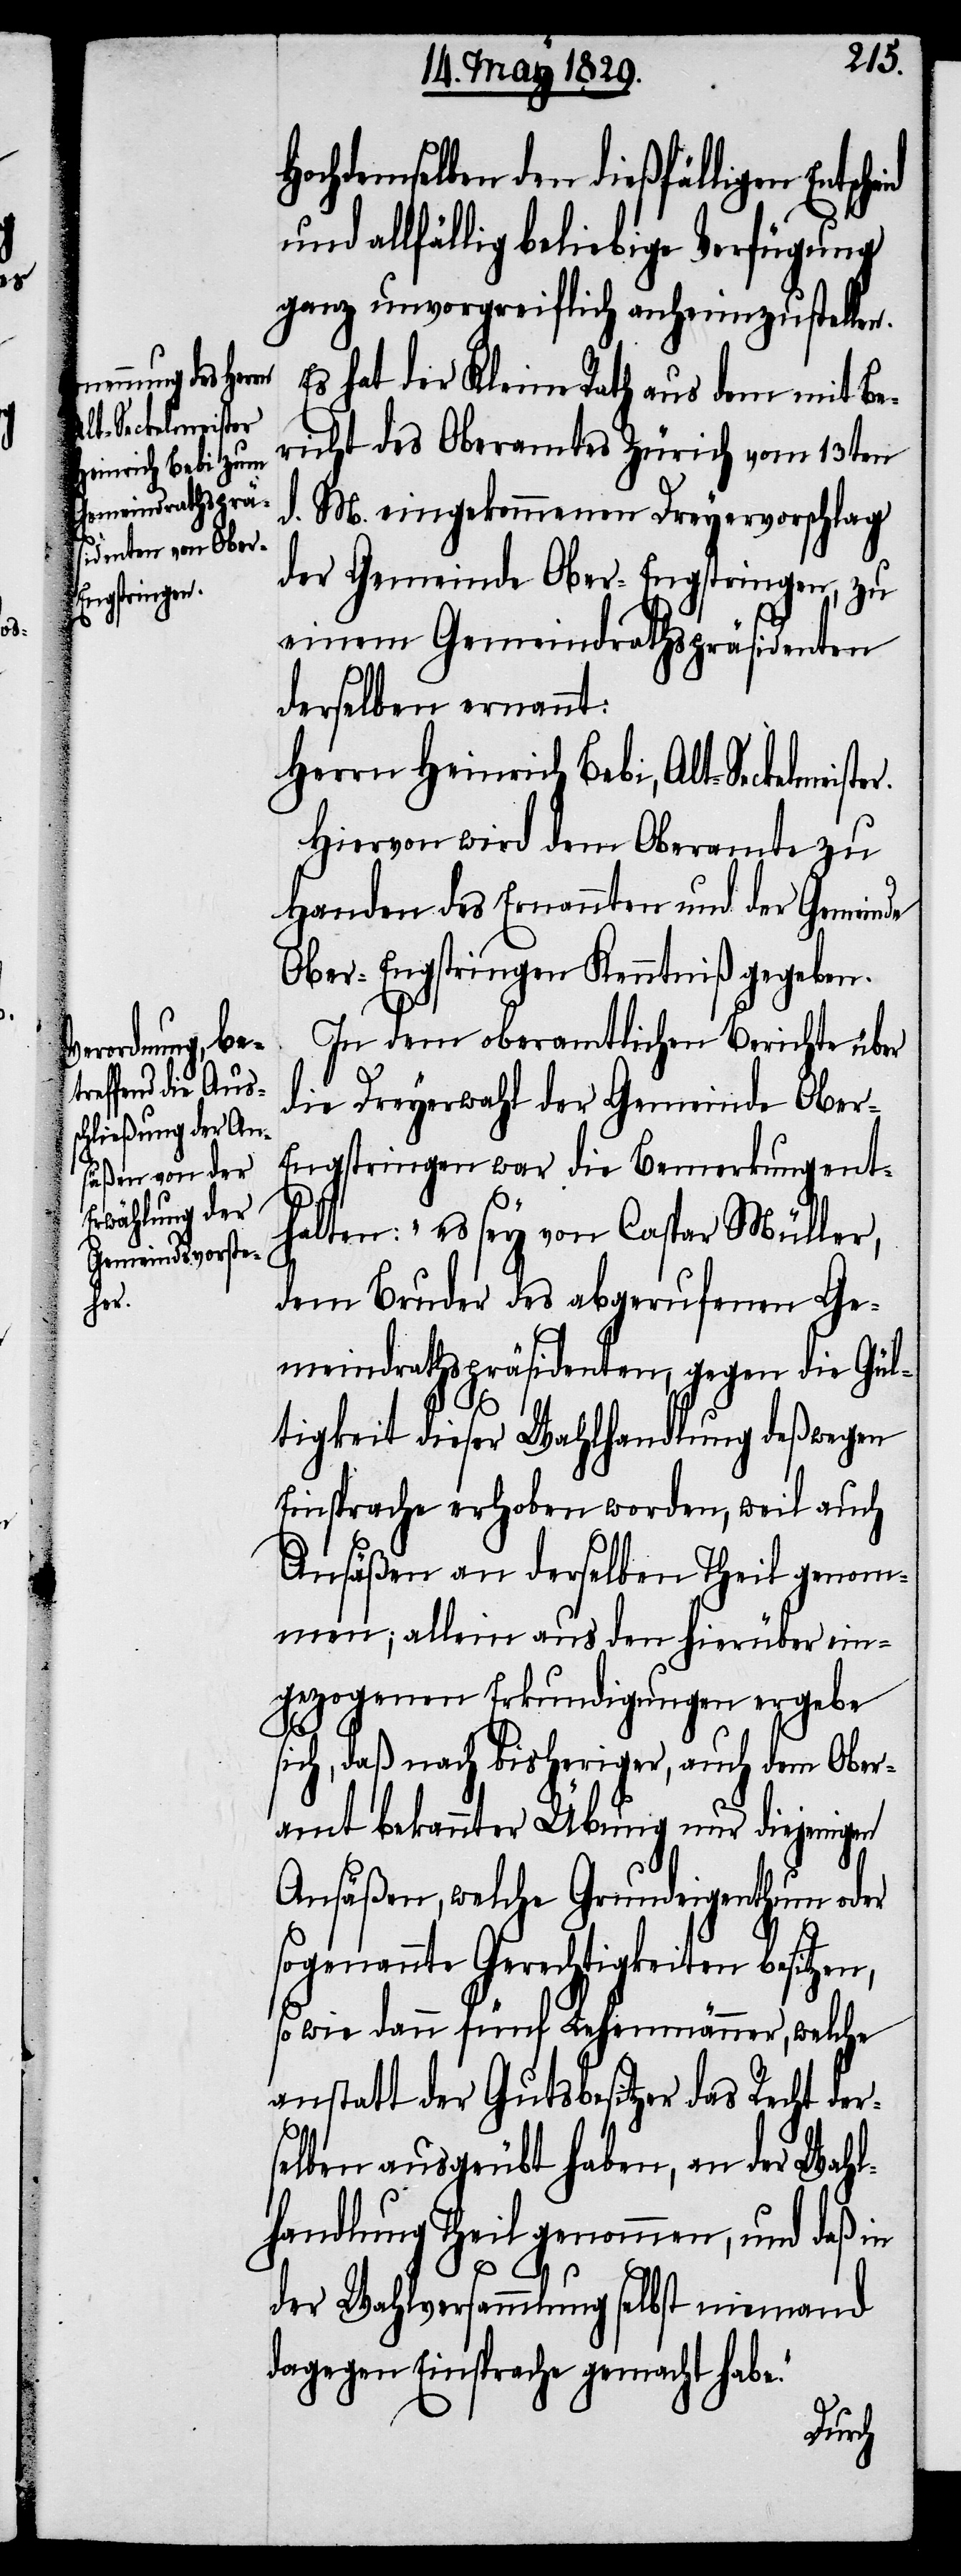
e.“

r.
heid

Hochdemselben den dießfälligen Entsc¬
und allfällig beliebige Verfügung
ganz unvorgreiflich anheim zu stelle¬
Es hat der Kleine Rath aus dem mit Be¬
richt des Oberamtes Zürich vom 13ten
d. M. eingekommenen Dreyervorschlag
der Gemeinde Ober-Engstringen, zu
einem Gemeindrathspräsidenten
derselben ernannt:
Herrn Heinrich Bebi, Alt-Seckelmeiste¬
Hiervon wird dem Oberamte zu
Handen des Ernannten und der Gemeinde
Ober-Engstringen Kenntniß gegeben.
In dem oberamtlichen Berichte über
die Dreyerwahl der Gemeinde Ober-E¬
ngstringen war die Bemerkung ent¬
halten; „es sey von Caspar Müller,
dem Bruder des abgerufenen Ge¬
meindrathspräsidenten, gegen die Gül¬
tigkeit dieser Wahlhandlung deßwegen
Einsprache erhoben worden, weil auch
Ansäßen an derselben Theil genom¬
men; allein aus den hierüber ein¬
gezogenen Erkundigungen ergebe
sich, daß nach bisheriger, auch dem Ober¬
amt bekannter Übung nur diejenigen
Ansäßen, welche Grundeigenthum oder
sogenannte Gerechtigkeiten besitzen,
so wie dann fünf Lehenmänner, welche
anstatt der Gutsbesitzer das Recht der¬
selben ausgeübt haben, an der Wahl¬
handlung Theil genommen, und daß in
der Wahlversammlung selbst niemand
dagegen Einsprache gemacht hab¬